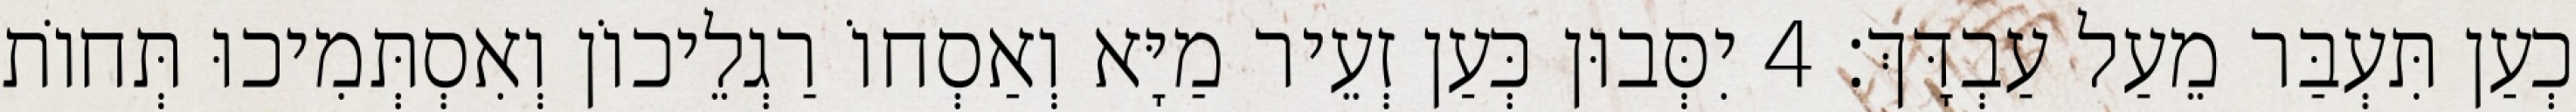
כְעַן תִּעְבַּר מֵעַל עַבְדָּךְ׃ 4 יִסְּבוּן כְּעַן זְעֵיר מַיָּא וְאַסְחוֹ רַגְלֵיכוֹן וְאִסְתְּמִיכוּ תְּחוֹת